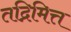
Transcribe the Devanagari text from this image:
तद्निमित्त